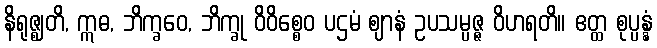
နိရုဇ္ဈတိ, ဣဓ, ဘိက္ခဝေ, ဘိက္ခု ဝိဝိစ္စေဝ ပဌမံ ဈာနံ ဥပသမ္ပဇ္ဇ ဝိဟရတိ။ ဧတ္ထ စုပ္ပန္နံ